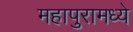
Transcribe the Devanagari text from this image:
महापुरामध्ये